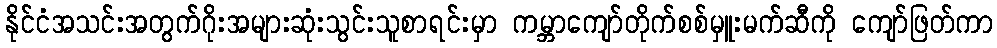
နိုင်ငံအသင်းအတွက်ဂိုးအများဆုံးသွင်းသူစာရင်းမှာ ကမ္ဘာကျော်တိုက်စစ်မှူးမက်ဆီကို ကျော်ဖြတ်ကာ